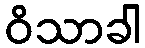
ဝိသာခါ